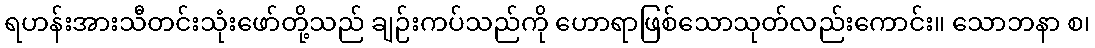
ရဟန်းအားသီတင်းသုံးဖော်တို့သည် ချဉ်းကပ်သည်ကို ဟောရာဖြစ်သောသုတ်လည်းကောင်း။ သောဘနာ စ၊